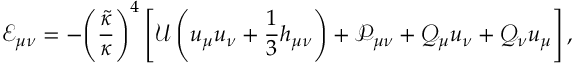
{ { \mathcal { E } } _ { \mu \nu } } = - { { \left( { \frac { \tilde { \kappa } } { \kappa } } \right) } ^ { 4 } } \left[ { \mathcal { U } } \left( { u _ { \mu } } { u _ { \nu } } + { \frac { 1 } { 3 } } { h _ { \mu \nu } } \right) + { { \mathcal { P } } _ { \mu \nu } } + { { \mathcal { Q } } _ { \mu } } { u _ { \nu } } + { { \mathcal { Q } } _ { \nu } } { u _ { \mu } } \right] ,